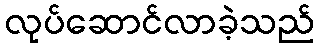
လုပ်ဆောင်လာခဲ့သည်